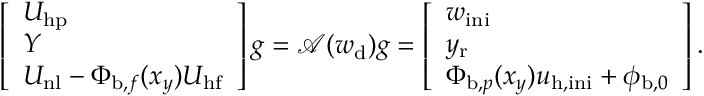
\left[ \begin{array} { l } { U _ { \mathrm { h p } } } \\ { Y } \\ { U _ { \mathrm { n l } } - \Phi _ { \mathrm { b } , f } ( x _ { y } ) U _ { \mathrm { h f } } } \end{array} \right] g = \mathcal { A } ( w _ { \mathrm { d } } ) g = \left[ \begin{array} { l } { w _ { \mathrm { i n i } } } \\ { y _ { \mathrm { r } } } \\ { \Phi _ { \mathrm { b } , p } ( x _ { y } ) u _ { \mathrm { h , i n i } } + \phi _ { \mathrm { b } , 0 } } \end{array} \right] .